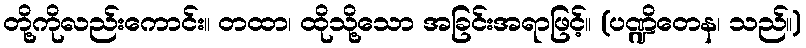
တို့ကိုလည်းကောင်း။ တထာ၊ ထိုသို့သော အခြင်းအရာဖြင့်။ (ပဏ္ဍိတေန၊ သည်။)